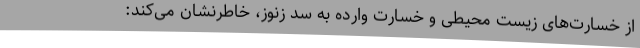
از خسارت‌های زیست محیطی و خسارت وارده به سد زنوز، خاطرنشان می‌کند: